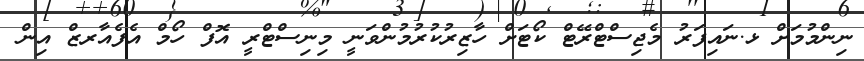
ނިންމުމަށް ޅ.ނައިފަރު މެޖިސްޓްރޭޓް ކޯޓަށް ހާޒިރުކުރުމުންވަނީ މިނިސްޓްރީ އޮފް ހޯމް އެފެއާރޒް އިން